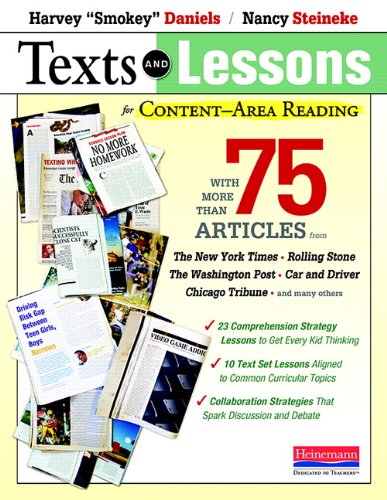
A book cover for Texts and Lessons for Content-Area Reading: With More Than 75 Articles from The New York Times, Rolling Stone, The Washington Post, Car and Driver, Chicago Tribune, and Many Others; Harvey "Smokey" Daniels; Education & Teaching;